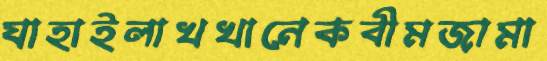
যাহাইলাখখানেকবীমজামা